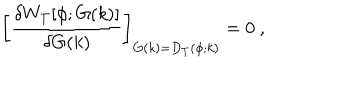
\biggl [ { \frac { \delta W _ { T } [ \phi ; G ( k ) ] } { \delta G ( k ) } } \biggr ] _ { G ( k ) = D _ { T } ( \phi ; k ) } = 0 ~ ,